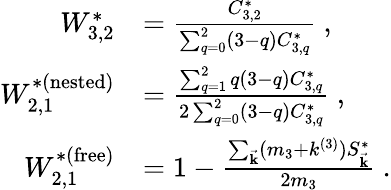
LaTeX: \begin{array}{rl}{W_{3,2}^{*}}&{=\frac{C_{3,2}^{*}}{\sum_{q=0}^{2}(3-q)C_{3,q}^{*}}~,}\\ {W_{2,1}^{*(\mathrm{nested})}}&{=\frac{\sum_{q=1}^{2}q(3-q)C_{3,q}^{*}}{2\sum_{q=0}^{2}(3-q)C_{3,q}^{*}}~,}\\ {W_{2,1}^{*(\mathrm{free})}}&{=1-\frac{\sum_{\vec{\mathbf{k}}}(m_{3}+k^{(3)})S_{\vec{\mathbf{k}}}^{*}}{2m_{3}}~.}\end{array}